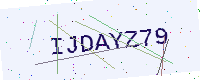
Text: IJDAYZ79